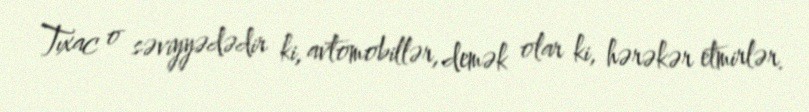
Tıxac o səviyyədədir ki, avtomobillər, demək olar ki, hərəkər etmirlər.